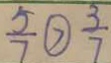
\frac { 5 } { 7 } \textcircled { > } \frac { 3 } { 7 }